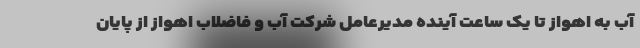
آب به اهواز تا یک ساعت آینده مدیرعامل شرکت آب و فاضلاب اهواز از پایان